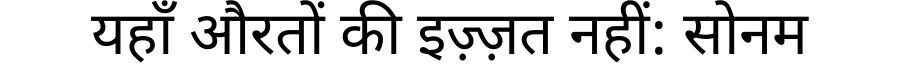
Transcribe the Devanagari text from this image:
यहाँ औरतों की इज़्ज़त नहीं: सोनम